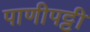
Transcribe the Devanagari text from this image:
पाणीपट्टी